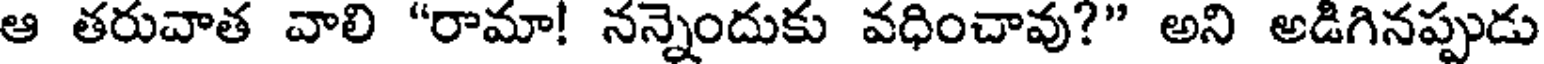
ఆ తరువాత వాలి "రామా! నన్నెందుకు వధించావు?" అని అడిగినప్పుడు